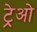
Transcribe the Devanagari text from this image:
ट्रेओ